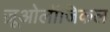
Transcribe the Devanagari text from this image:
ज़ूओलॉजिकल